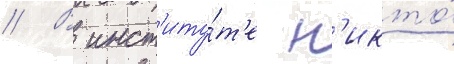
// В инст'иту́т'е н'икто́